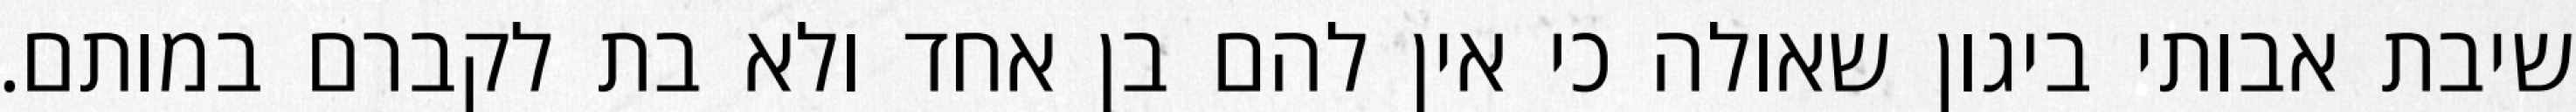
שיבת אבותי ביגון שאולה כי אין להם בן אחד ולא בת לקברם במותם.